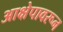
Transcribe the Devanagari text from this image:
आक्षेपावरून